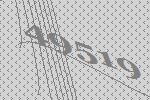
49519